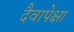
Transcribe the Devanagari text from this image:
दैवापेक्षा